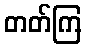
တတ်ကြ